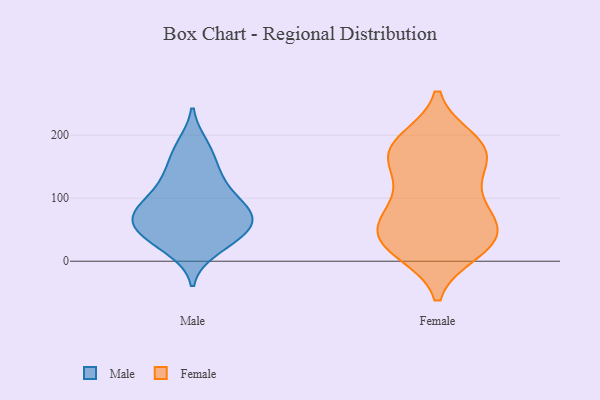
{"axis": {"x": "Production Output", "y": "Value"}, "legend": ["Female", "Male"], "data": [{"x": "", "y": 183, "type": "Male"}, {"x": "", "y": 93, "type": "Male"}, {"x": "", "y": 20, "type": "Male"}, {"x": "", "y": 69, "type": "Male"}, {"x": "", "y": 42, "type": "Male"}, {"x": "", "y": 173, "type": "Male"}, {"x": "", "y": 66, "type": "Male"}, {"x": "", "y": 114, "type": "Male"}, {"x": "", "y": 80, "type": "Male"}, {"x": "", "y": 133, "type": "Male"}, {"x": "", "y": 81, "type": "Male"}, {"x": "", "y": 74, "type": "Male"}, {"x": "", "y": 138, "type": "Male"}, {"x": "", "y": 36, "type": "Male"}, {"x": "", "y": 57, "type": "Male"}, {"x": "", "y": 36, "type": "Male"}, {"x": "", "y": 178, "type": "Female"}, {"x": "", "y": 175, "type": "Female"}, {"x": "", "y": 155, "type": "Female"}, {"x": "", "y": 94, "type": "Female"}, {"x": "", "y": 17, "type": "Female"}, {"x": "", "y": 67, "type": "Female"}, {"x": "", "y": 27, "type": "Female"}, {"x": "", "y": 39, "type": "Female"}, {"x": "", "y": 48, "type": "Female"}, {"x": "", "y": 78, "type": "Female"}, {"x": "", "y": 190, "type": "Female"}, {"x": "", "y": 115, "type": "Female"}, {"x": "", "y": 177, "type": "Female"}, {"x": "", "y": 29, "type": "Female"}, {"x": "", "y": 170, "type": "Female"}, {"x": "", "y": 34, "type": "Female"}]}